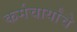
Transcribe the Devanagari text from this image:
कर्मचार्यांचे